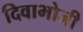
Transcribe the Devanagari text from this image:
दिवाभोजी